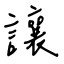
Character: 讓